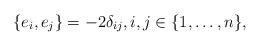
LaTeX: \begin{align*}\{e_i, e_{j}\}=-2 \delta_{ij},i,j\in \{1,\ldots, n\},\end{align*}